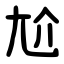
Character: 尬